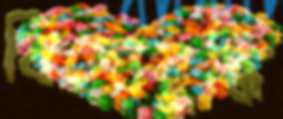
বিদ্যেবুদ্ধি